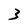
Character: 3